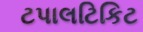
ટપાલટિકિટ